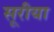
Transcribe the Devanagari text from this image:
सूरीया